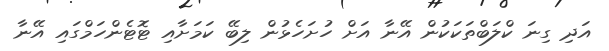
އަދި ގިނަ ކްލަބްތަކަކުން އޭނާ އަށް ހުށަހެޅުން ލިބޭ ކަމަށާއި ޓޮޓެންހަމްގައި އޭނާ